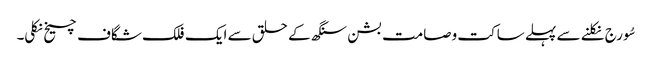
سُورج نکلنے سے پہلے ساکت وصامت بشن سنگھ کے حلق سے ایک فلک شگاف چیخ نکلی۔